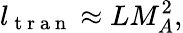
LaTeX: l_{\mathrm{~t~r~a~n~}}\approx LM_{A}^{2},